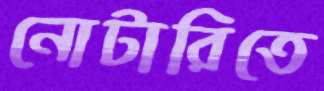
নোটারিতে